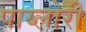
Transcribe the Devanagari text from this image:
पाय्लोरी